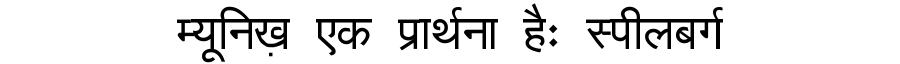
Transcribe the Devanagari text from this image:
म्यूनिख़ एक प्रार्थना हैः स्पीलबर्ग